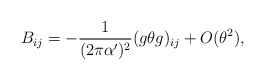
\begin{align*}B_{ij} = -\frac{1}{(2 \pi \alpha')^2}( g \theta g )_{ij} + O( \theta^2 ),\end{align*}